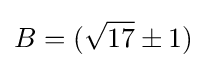
B=({\sqrt {17}}\pm 1)